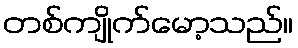
တစ်ကျိုက်မော့သည်။